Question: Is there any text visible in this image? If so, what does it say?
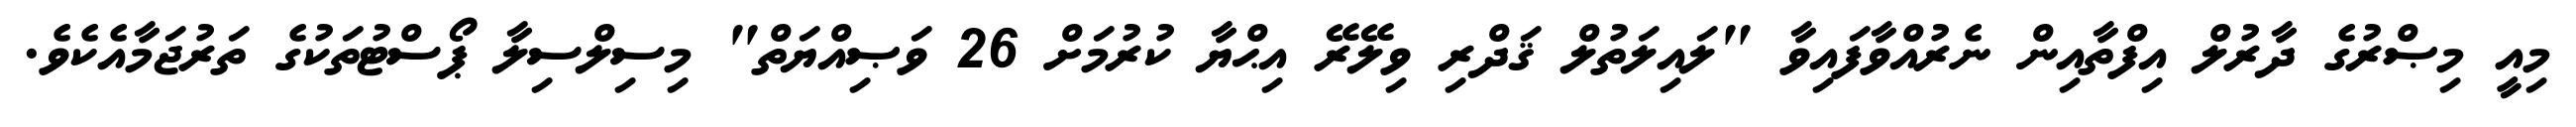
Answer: މިއީ މިޞްރުގެ ދާރުލް އިފްތާއިން ނެރުއްވާފައިވާ "ލައިލަތުލް ޤަދްރި ވިލޭރޭ އިޙްޔާ ކުރުމަށް 26 ވަޞިއްޔަތް" މިސިލްސިލާ ޕޯސްޓުތަކުގެ ތަރުޖަމާއެކެވެ.